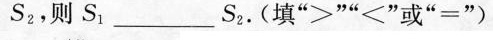
S2，则S_{1}____S_{1}。(填”>””<”或”=”)